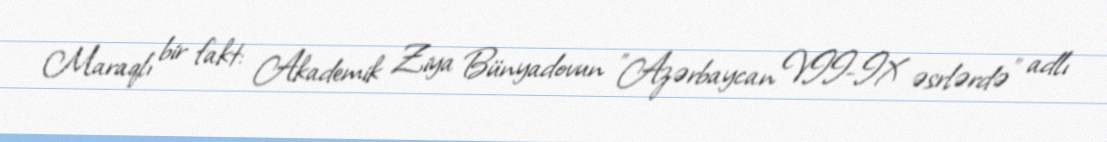
Maraqlı bir fakt: Akademik Ziya Bünyadovun "Azərbaycan VII-IX əsrlərdə" adlı